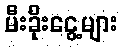
မီးခိုးငွေ့များ